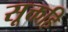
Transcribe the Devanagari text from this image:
सूक्तहि